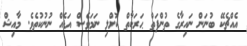
އެއްޗެކޭ ބުނަން ނައިރާގެ ތުންފަތް ޙަރަކާތް ކޮށްލި ނަމަވެސް އަޑެއް ނުނުކުތެވެ. މާއިޝް